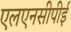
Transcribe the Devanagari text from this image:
एलएनसीपीई